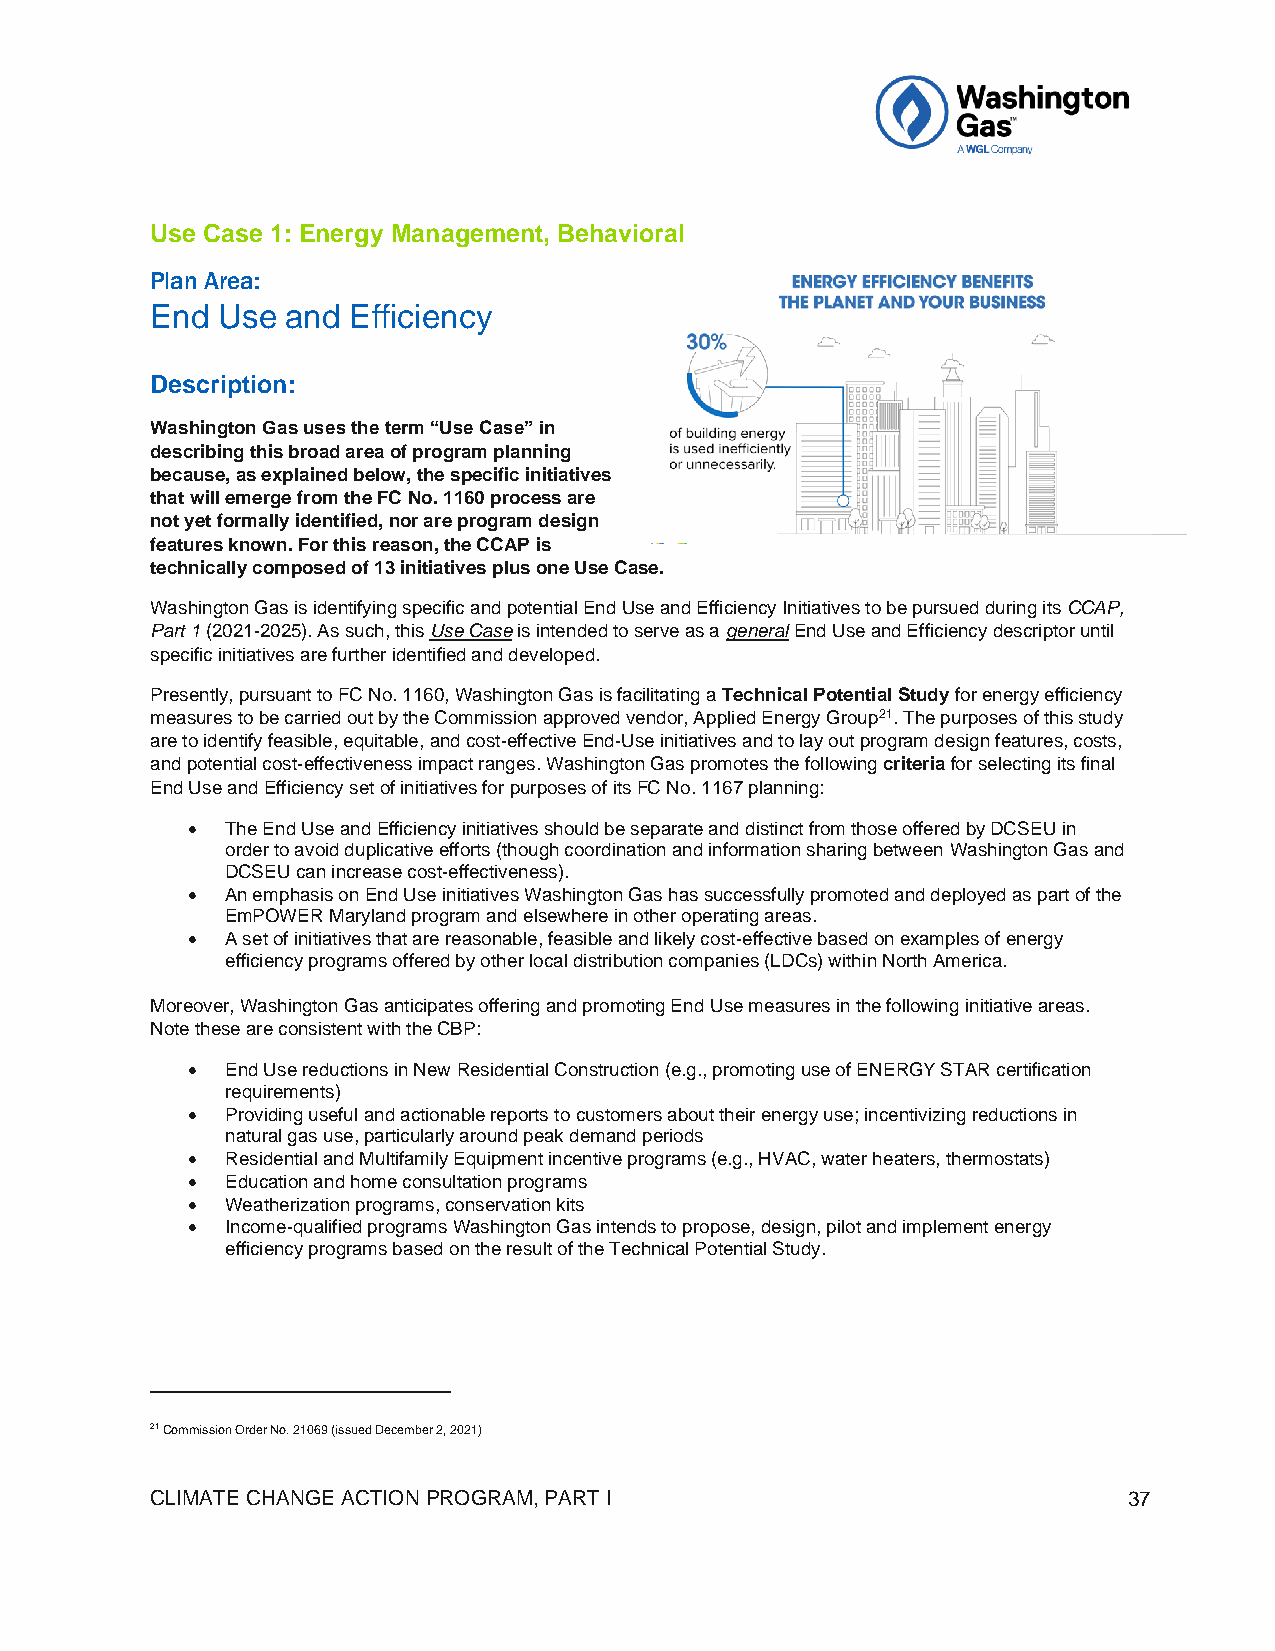
Use Case 1: Energy Management, Behavioral
 Plan Area:
 End Use  and Efficiency
 Description:
 Washington Gas uses the term “Use Case” in
 describing this broad area of program planning
 because, as explained below, the specific initiatives
 that will emerge from the FC No. 1160 process are
 not yet formally identified, nor are program design
 features known. For this reason, the CCAP is
 technically composed of 13 initiatives plus one Use Case.
 Washington Gas is identifying specific and potential End Use and Efficiency Initiatives to be pursued during its CCAP,
 Part 1 (2021-2025). As such, this Use Case is intended to serve as a general End Use and Efficiency descriptor until
 specific initiatives are further identified and developed.
 Presently, pursuant to FC No. 1160, Washington Gas is facilitating a Technical Potential Study for energy efficiency
 measures to be carried out by the Commission approved vendor, Applied Energy Group21. The purposes of this study
 are to identify feasible, equitable, and cost-effective End-Use initiatives and to lay out program design features, costs,
 and potential cost-effectiveness impact ranges. Washington Gas promotes the following criteria for selecting its final
 End Use and Efficiency set of initiatives for purposes of its FC No. 1167 planning:
 •  The End Use and Efficiency initiatives should be separate and distinct from those offered by DCSEU in
 order to avoid duplicative efforts (though coordination and information sharing between Washington Gas and
 DCSEU can increase cost-effectiveness).
 •  An emphasis on End Use initiatives Washington Gas has successfully promoted and deployed as part of the
 EmPOWER Maryland program and elsewhere in other operating areas.
 •  A set of initiatives that are reasonable, feasible and likely cost-effective based on examples of energy
 efficiency programs offered by other local distribution companies (LDCs) within North America.
 Moreover, Washington Gas anticipates offering and promoting End Use measures in the following initiative areas.
 Note these are consistent with the CBP:
 •  End Use reductions in New Residential Construction (e.g., promoting use of ENERGY STAR certification
 requirements)
 •  Providing useful and actionable reports to customers about their energy use; incentivizing reductions in
 natural gas use, particularly around peak demand periods
 •  Residential and Multifamily Equipment incentive programs (e.g., HVAC, water heaters, thermostats)
 •  Education and home consultation programs
 •  Weatherization programs, conservation kits
 •  Income-qualified programs Washington Gas intends to propose, design, pilot and implement energy
 efficiency programs based on the result of the Technical Potential Study.
 21 Commission Order No. 21069 (issued December 2, 2021)
 CLIMATE CHANGE ACTION PROGRAM, PART I                            37